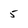
Character: 5